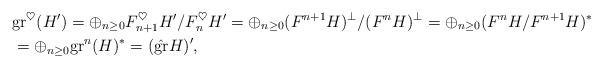
LaTeX: \begin{align*}&\mathrm{gr}^\heartsuit(H')=\oplus_{n\geq0}F_{n+1}^\heartsuit H'/F_n^\heartsuit H'=\oplus_{n\geq0}(F^{n+1}H)^\perp/(F^nH)^\perp=\oplus_{n\geq0}(F^nH/F^{n+1}H)^*\\ & =\oplus_{n\geq0}\mathrm{gr}^n(H)^*=(\hat{\mathrm{gr}}H)', \end{align*}